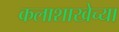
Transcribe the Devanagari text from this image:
कलाशाखेच्या